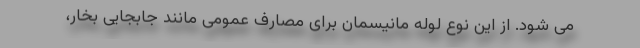
می شود. از این نوع لوله مانیسمان برای مصارف عمومی مانند جابجایی بخار،